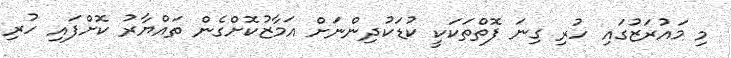
މި މައުރަޒުގައި ހުރި ގިނަ ފޮތްތަކަކީ ކުޑަކުދިންނަށް އަމާޒުކޮށްގެން ތައްޔާރު ކޮށްފައި ހުރި